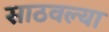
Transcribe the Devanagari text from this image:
साठवल्या